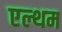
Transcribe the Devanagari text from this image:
एल्थम